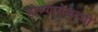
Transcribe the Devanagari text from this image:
होण्यावेळच्यी